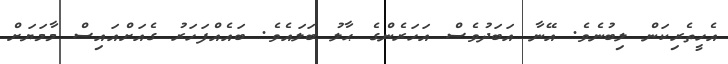
އެހީތެރިކަން ލިބުނެވެ. އޭނާ އަބަދުވެސް އަހަރެންގެ ޙާލު ބަލައެވެ. ބައެއްފަހަރު ގެއަށްއައިސް މާމަޔަށް